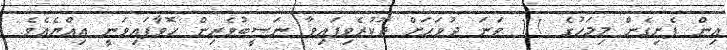
އިން ފެށިގެން މިމަހުގެ 11 ވަނަ ދުވަހަށް ދޫކުރެވިފައިވާ ނަސީބުވެރިން ހޮވާފައިވަނީ އިއްޔެއެވެ.